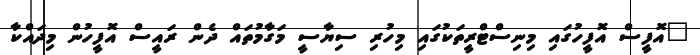
"އޮފީސް އޮފީހުގައި މިނިސްޓްރީތަކުގައި މިހުރި ސިޔާސީ މަގާމުތައް ދެން ރައީސް އޮފީހުން މިދައްކާ